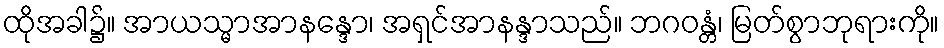
ထိုအခါ၌။ အာယသ္မာအာနန္ဒော၊ အရှင်အာနန္ဒာသည်။ ဘဂဝန္တံ၊ မြတ်စွာဘုရားကို။